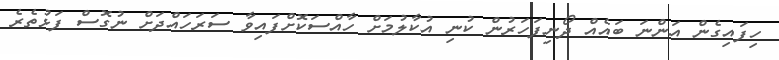
ހިފައިގެން އަންނަ ބައެއް ދޯނިފަހަރުން ކުނި އުކާލުމަށް ހާއްސަކޮށްފައިވާ ސަރަހައްދަށް ނުގޮސް ފަޅުތެރެ